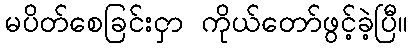
မပိတ်စေခြင်းငှာ ကိုယ်တော်ဖွင့်ခဲ့ပြီ။